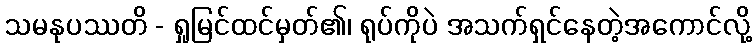
သမနုပဿတိ - ရှုမြင်ထင်မှတ်၏၊ ရုပ်ကိုပဲ အသက်ရှင်နေတဲ့အကောင်လို့